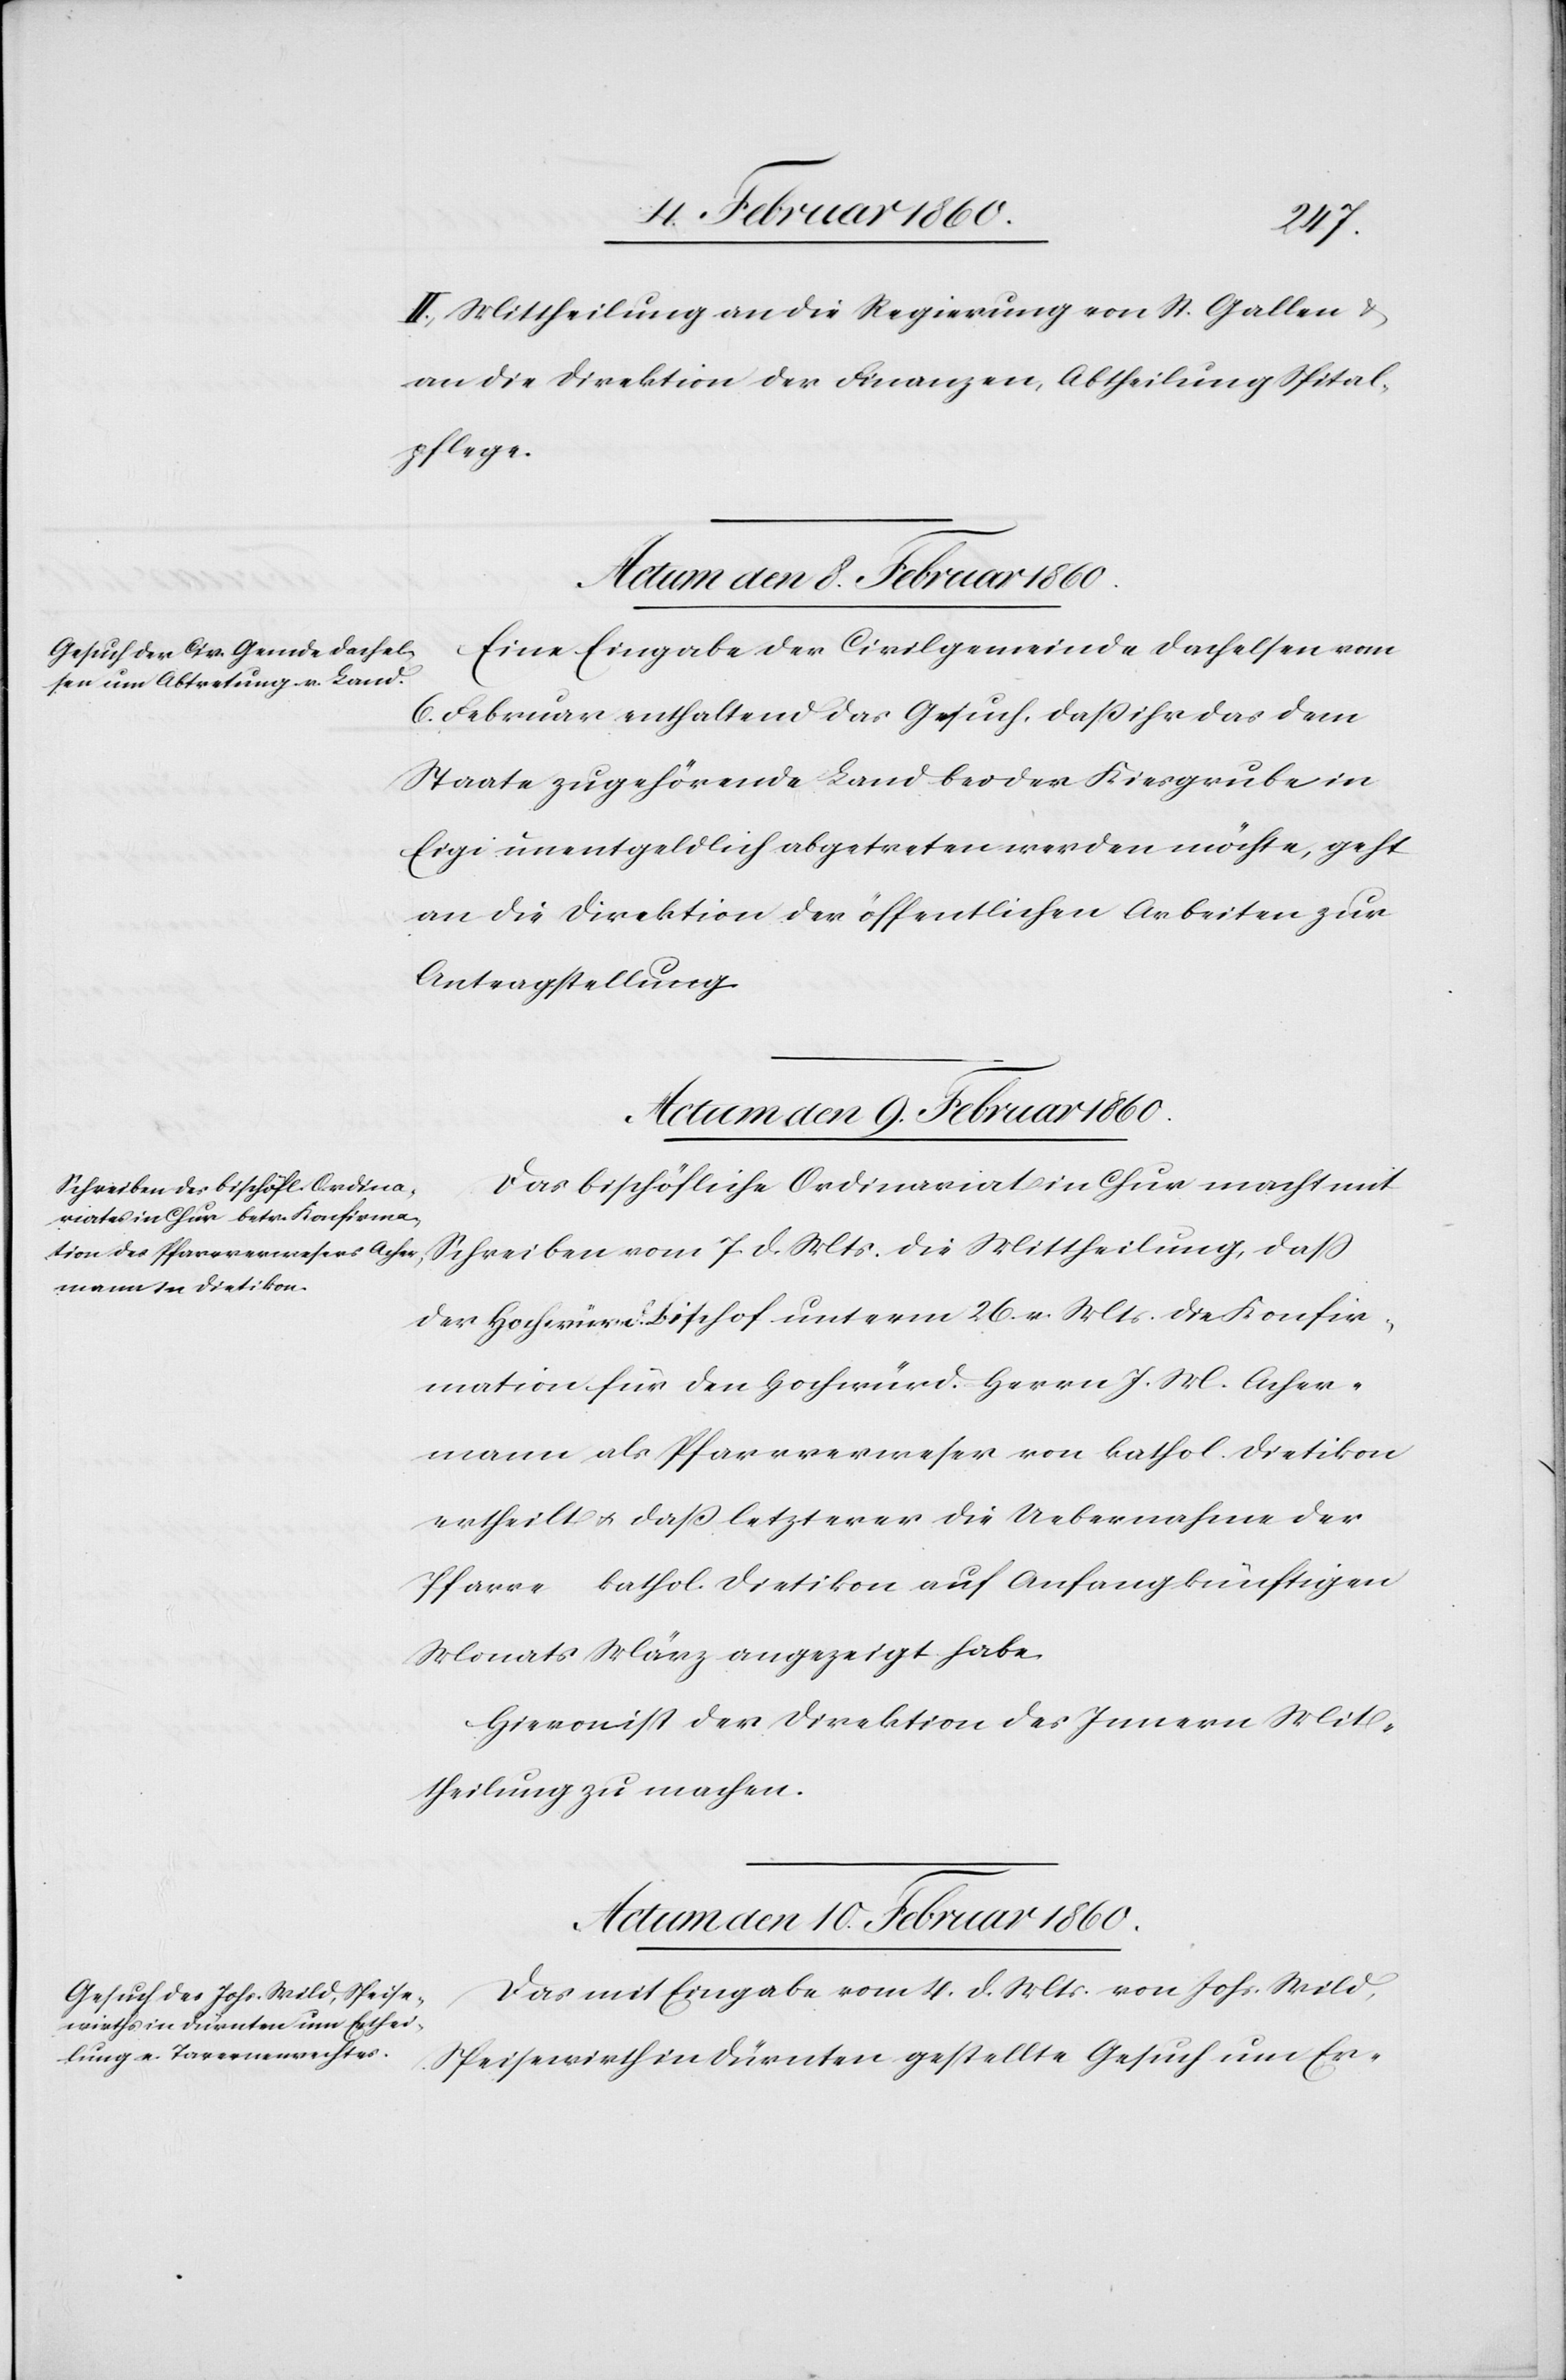
II. Mittheilung an die Regierung von St. Gallen u.
an die Direktion der Finanzen, Abtheilung Spital¬
pflege.
Actum, den 8. Februar 1860.
Eine Eingabe der Civilgemeinde Dachelsen vom
6. Februar enthaltend das Gesuch, dass ihr das dem
Staate zugehörende Land bei der Kiesgrube in
Eigi unentgeldlich abgetreten werden möchte, geht
an die Direktion der öffentlichen Arbeiten zur
Antragstellung.
Actum, den 10. Februar 1860.
Das bischöfliche Ordinariat in Chur macht mit
Schreiben vom 7. d. Mts. die Mittheilung, dass
der Hochwürd. Bischof unterm 26. v. Mts. die Konfir¬
mation für den Hochwürd. Herrn J. M. Acker¬
mann als Pfarrverweser von kathol. Dietikon
ertheilt u. dass letzterer die Uebernahme der
Pfarre kathol. Dietikon auf Anfang künftigen
Monats März angezeigt habe.
Hievon ist der Direktion des Innern Mit¬
theilung zu machen.
Das mit Eingabe vom 4. d. Mts. von Johs. Wild,
Speisewirth in Dürnten gestellte Gesuch um Er-